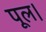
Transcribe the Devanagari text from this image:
पूल।